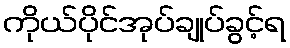
ကိုယ်ပိုင်အုပ်ချုပ်ခွင့်ရ